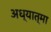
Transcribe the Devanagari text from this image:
अध्यात्मा